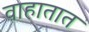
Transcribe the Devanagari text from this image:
वाहातात